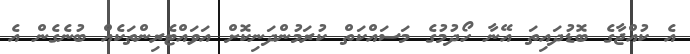
އެ ކުއްޖާގެ ބޮޑުދައިތަ އޭނާ ހޯދުމުގެ މަސައްކަތް ކުރަމުންދަނިކޮށް އަވައްޓެރިންތަކެއް ބުނެގެން އެ